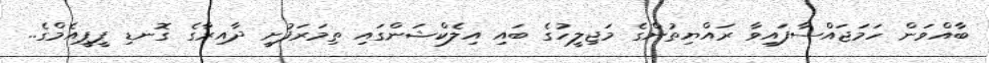
ބާއްވަން ހަމަޖައްސާފައިވާ ރައްޔިތުންގެ މަޖިލީހުގެ ބައި އިލެކްޝަންގައި ތިމަރަފުށީ ދާއިރާގެ ގޮނޑި ޕީޕީއެމްގެ..